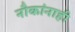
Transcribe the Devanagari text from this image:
नौकांनाही